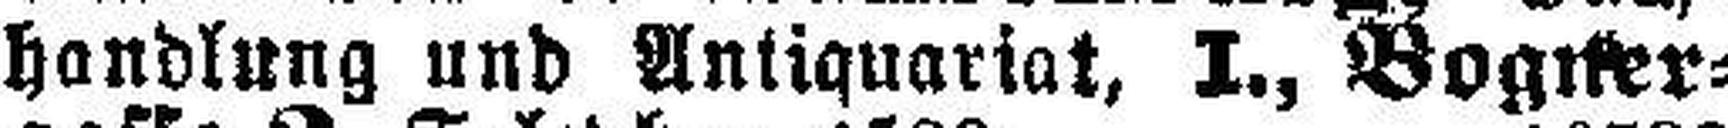
handlung und Antiquariat, I., Bogner¬